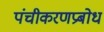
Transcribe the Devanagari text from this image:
पंचीकरणप्रबोध